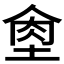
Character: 𦚙